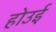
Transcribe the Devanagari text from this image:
होउई